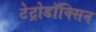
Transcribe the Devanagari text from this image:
टेट्रोडॉक्सिन